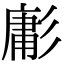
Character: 㣑